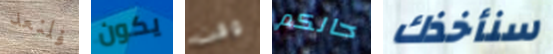
فلنعد يكون وقت حالكم سنأخذك